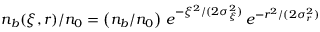
\begin{array} { r } { n _ { b } ( \xi , r ) / n _ { 0 } = \left( n _ { b } / n _ { 0 } \right) \, e ^ { - \xi ^ { 2 } / ( 2 \sigma _ { \xi } ^ { 2 } ) } \, e ^ { - r ^ { 2 } / ( 2 \sigma _ { r } ^ { 2 } ) } } \end{array}